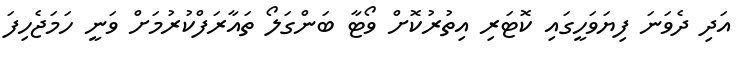
އަދި ދެވަނަ ފިޔަވަހީގައި ކޮޓަރި އިތުރުކޮށް ވޯޓާ ބަންގަލޯ ތައާރަފްކުރުމަށް ވަނީ ހަމަޖެހިފަ